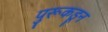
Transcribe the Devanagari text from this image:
पुरूकडून